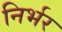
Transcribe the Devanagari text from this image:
निर्भर